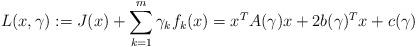
LaTeX: \begin{align*}L(x,\gamma):=J(x)+\sum\limits_{k=1}^m\gamma_kf_k(x)=x^TA(\gamma)x+2b(\gamma)^Tx+c(\gamma)\end{align*}